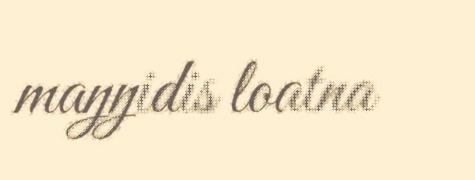
maŋŋidis loatna